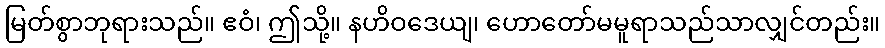
မြတ်စွာဘုရားသည်။ ဧဝံ၊ ဤသို့။ နဟိဝဒေယျ၊ ဟောတော်မမူရာသည်သာလျှင်တည်း။